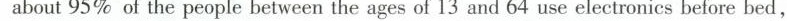
about 95% of the people between the ages of 13 and 64 use electronics before bed